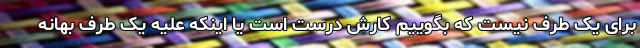
برای یک طرف نیست که بگوییم کارش درست است یا اینکه علیه یک طرف بهانه